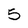
Character: 5